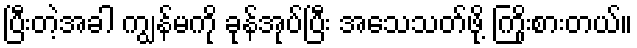
ပြီးတဲ့အခါ ကျွန်မကို ခုန်အုပ်ပြီး အသေသတ်ဖို့ ကြိုးစားတယ်။